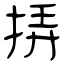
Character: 挵